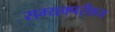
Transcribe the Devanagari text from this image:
सम्यक्परीक्ष्य